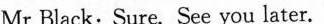
Mr Black:Sure. See you later.